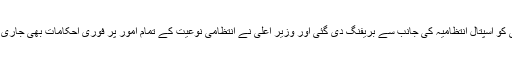
وزیر اعلیٰ کو اسپتال انتظامیہ کی جانب سے بریفنگ دی گئی اور وزیر اعلیٰ نے انتظامی نوعیت کے تمام امور پر فوری احکامات بھی جاری کر دیئے۔